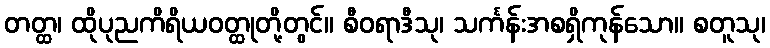
တတ္ထ၊ ထိုပုညကိရိယဝတ္ထုတို့တွင်။ စီဝရာဒီသု၊ သင်္ကန်းအစရှိကုန်သော။ စတူသု၊